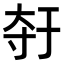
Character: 𫯣